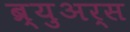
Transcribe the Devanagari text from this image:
ब्र्युअर्स